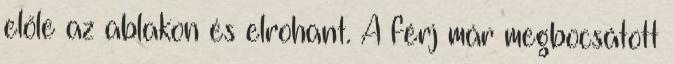
előle az ablakon és elrohant. A férj már megbocsátott